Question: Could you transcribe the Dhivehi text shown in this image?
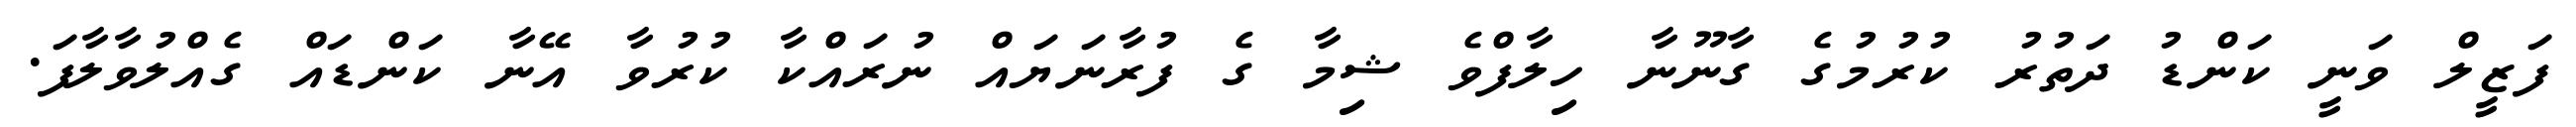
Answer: ފަޒީލް ވަނީ ކަންޑު ދަތުރު ކުރުމުގެ ގާނޫނާ ހިލާފްވެ ޝިމާ ގެ ފުރާނަޔައް ނުރައްކާ ކުރުވާ އޭނާ ކަންޑައް ގެއްލުވާލާފަ.